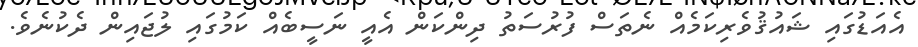
އެއަޑުގައި ޝައުޤުވެރިކަމެއް ނެތަސް ފުރުސަތު ދިންކަން އެއީ ނަސީބެއް ކަމުގައި ލުޖައިން ދެކުނެވެ.